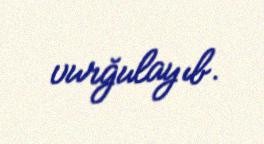
vurğulayıb.